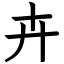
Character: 卉